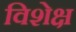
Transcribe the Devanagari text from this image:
विशेक्ष